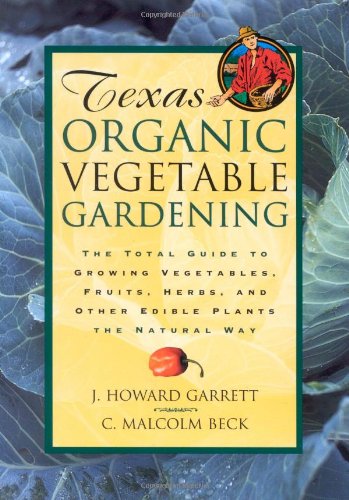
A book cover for Texas Organic Vegetable Gardening: The Total Guide to Growing Vegetables, Fruits, Herbs, and Other Edible Plants the Natural Way; J. Howard Garrett; Crafts, Hobbies & Home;